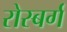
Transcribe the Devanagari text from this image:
रोस्बर्ग